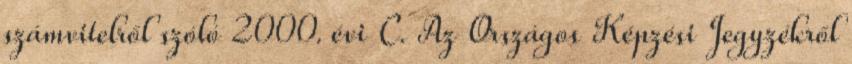
számvitelről szóló 2000. évi C. Az Országos Képzési Jegyzékről